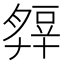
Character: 𧯭